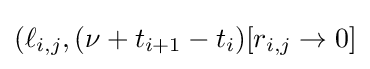
(\ell _{i,j},(\nu +t_{i+1}-t_{i})[r_{i,j}\to 0]